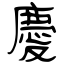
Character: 慶